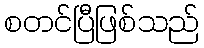
စတင်ပြီဖြစ်သည်